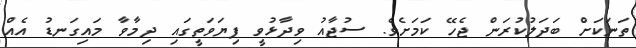
ތަނަކަށް ބަދަލުކުރަން ޖެހޭ ކަމަށެވެ. ސުޖާއު ވިދާޅުވީ ފިޔަވަތީގައި ދިމާވާ މައިގަނޑު އެއް